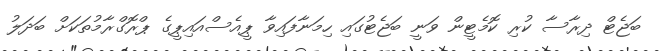
ބަޖެޓް ދިރާސާ ކުރި ކޮމެޓީން ވަނީ ބަޖެޓުގައި ހިމަނާފައިވާ ޕީއެސްއައިޕީގެ ޕްރޮގްރާމުތަކަށް ބަދަލު